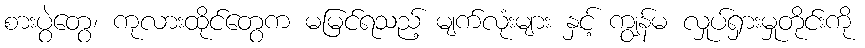
စားပွဲတွေ၊ ကုလားထိုင်တွေက မမြင်ရသည့် မျက်လုံးများ နှင့် ကျွန်မ လှုပ်ရှားမှုတိုင်းကို